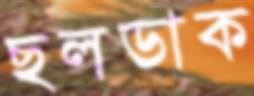
ছলডাক